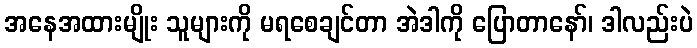
အနေအထားမျိုး သူများကို မရစေချင်တာ အဲဒါကို ပြောတာနော်၊ ဒါလည်းပဲ